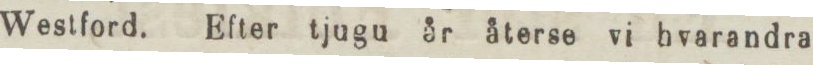
Westford. Efter tjugu år återse vi hvarandra